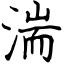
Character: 湍